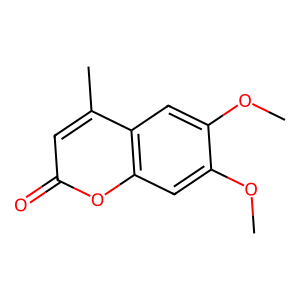
SMILES: COc1cc2oc(=O)cc(C)c2cc1OC
Inhibits HIV replication: No